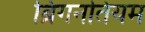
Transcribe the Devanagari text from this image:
ब्रिगनतियम